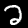
Label: 2